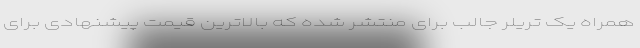
همراه یک تریلر جالب برای منتشر شده که بالاترین قیمت پیشنهادی برای